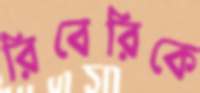
রিবেরিকে